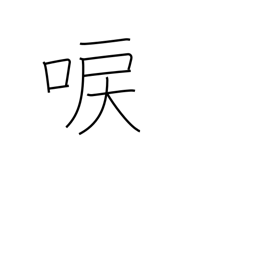
Meaning: droning of cicadas